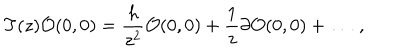
LaTeX: T ( z ) { \cal O } ( 0 , 0 ) = \frac { h } { z ^ { 2 } } { \cal O } ( 0 , 0 ) + \frac { 1 } { z } \partial { \cal O } ( 0 , 0 ) + \ldots \ ,